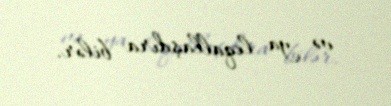
və ya leqallaşdıra bilər.